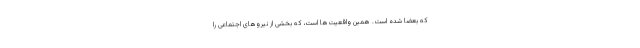
که بعضاً شده است. همین واقعیت‌ها است، که بخشی از نیروهای اجتماعی را